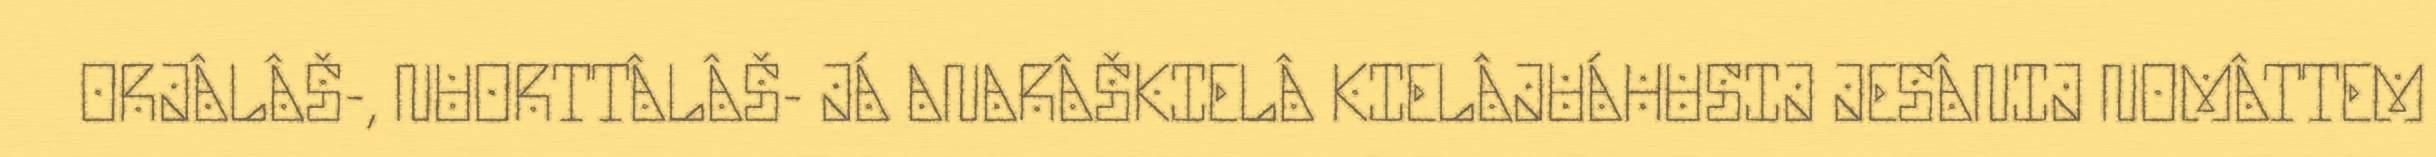
ORJÂLÂŠ-, NUORTTÂLÂŠ- JÁ ANARÂŠKIELÂ KIELÂJUÁHUSIJ JESÂNIJ NOMÂTTEM